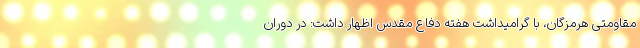
مقاومتی هرمزگان، با گرامیداشت هفته دفاع مقدس اظهار داشت: در دوران